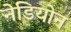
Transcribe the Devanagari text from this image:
नेडियोन